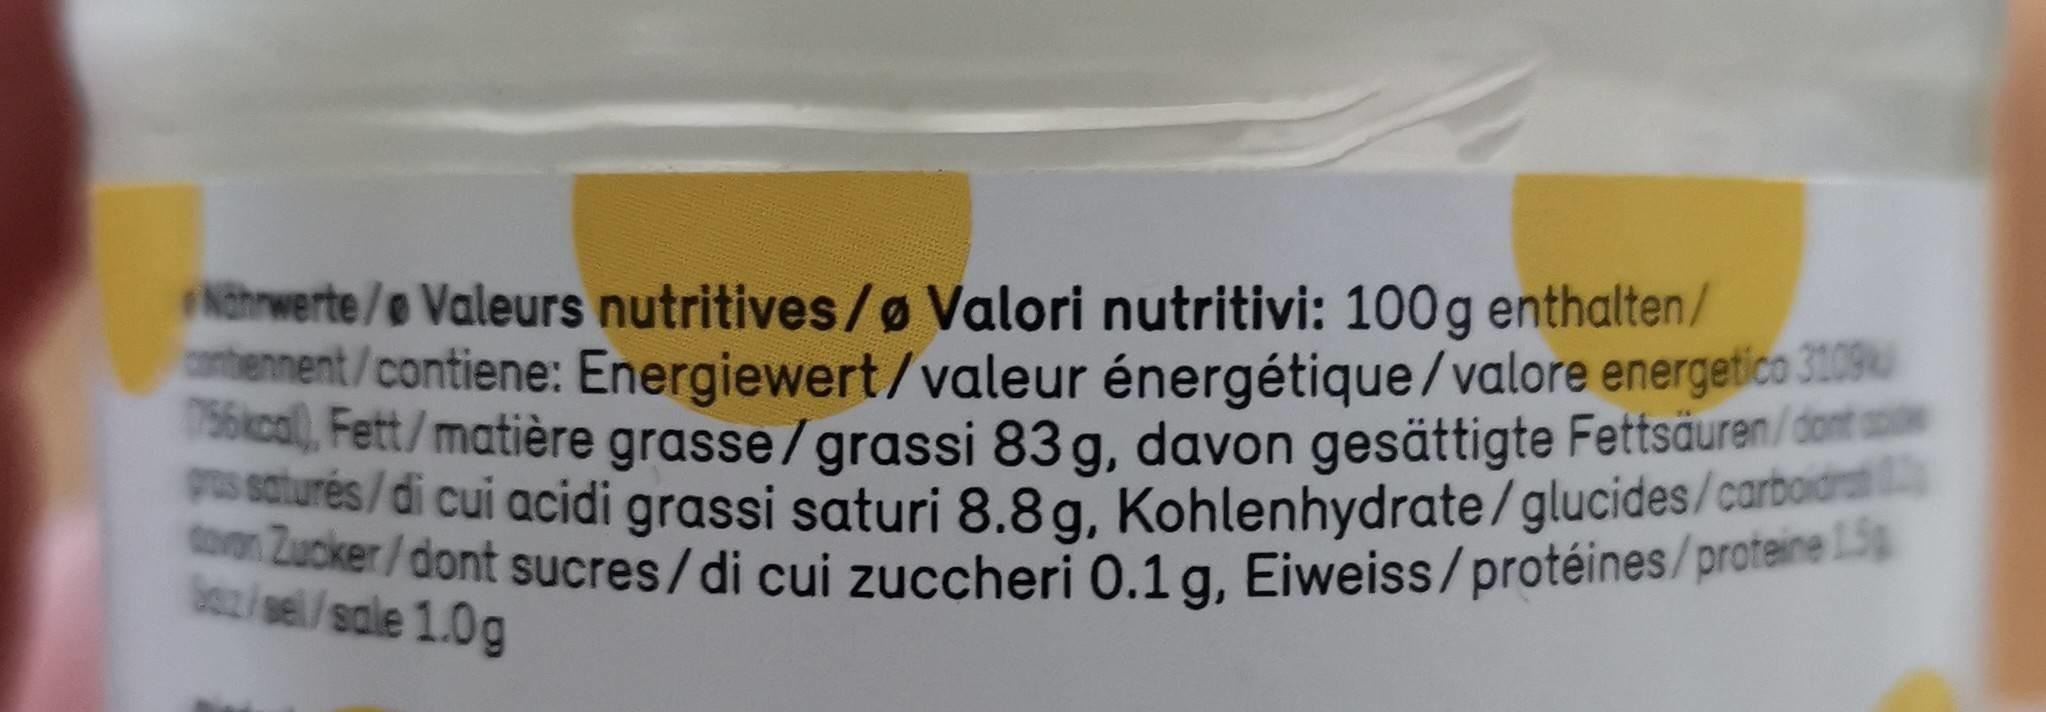
Nthrwerte/e Valeurs nutritives/ø Valori nutritivi: 100g enthalten/ tennent/contiene: Energiewert/valeur énergétique/valore energetico 3109 call, Fett/matière grasse/grassi 83g, davon gesättigte Fettsäuren/dont slures/di cui acidi grassi saturi 8.8g, Kohlenhydrate/glucides/carbo toon Zucker/dont sucres/di cui zuccheri 0.1 g, Eiweiss/protéines/proteine 1.5
Saz/sel/sale 1.0g